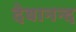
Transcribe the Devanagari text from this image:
देबानन्द